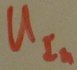
Text: UIn